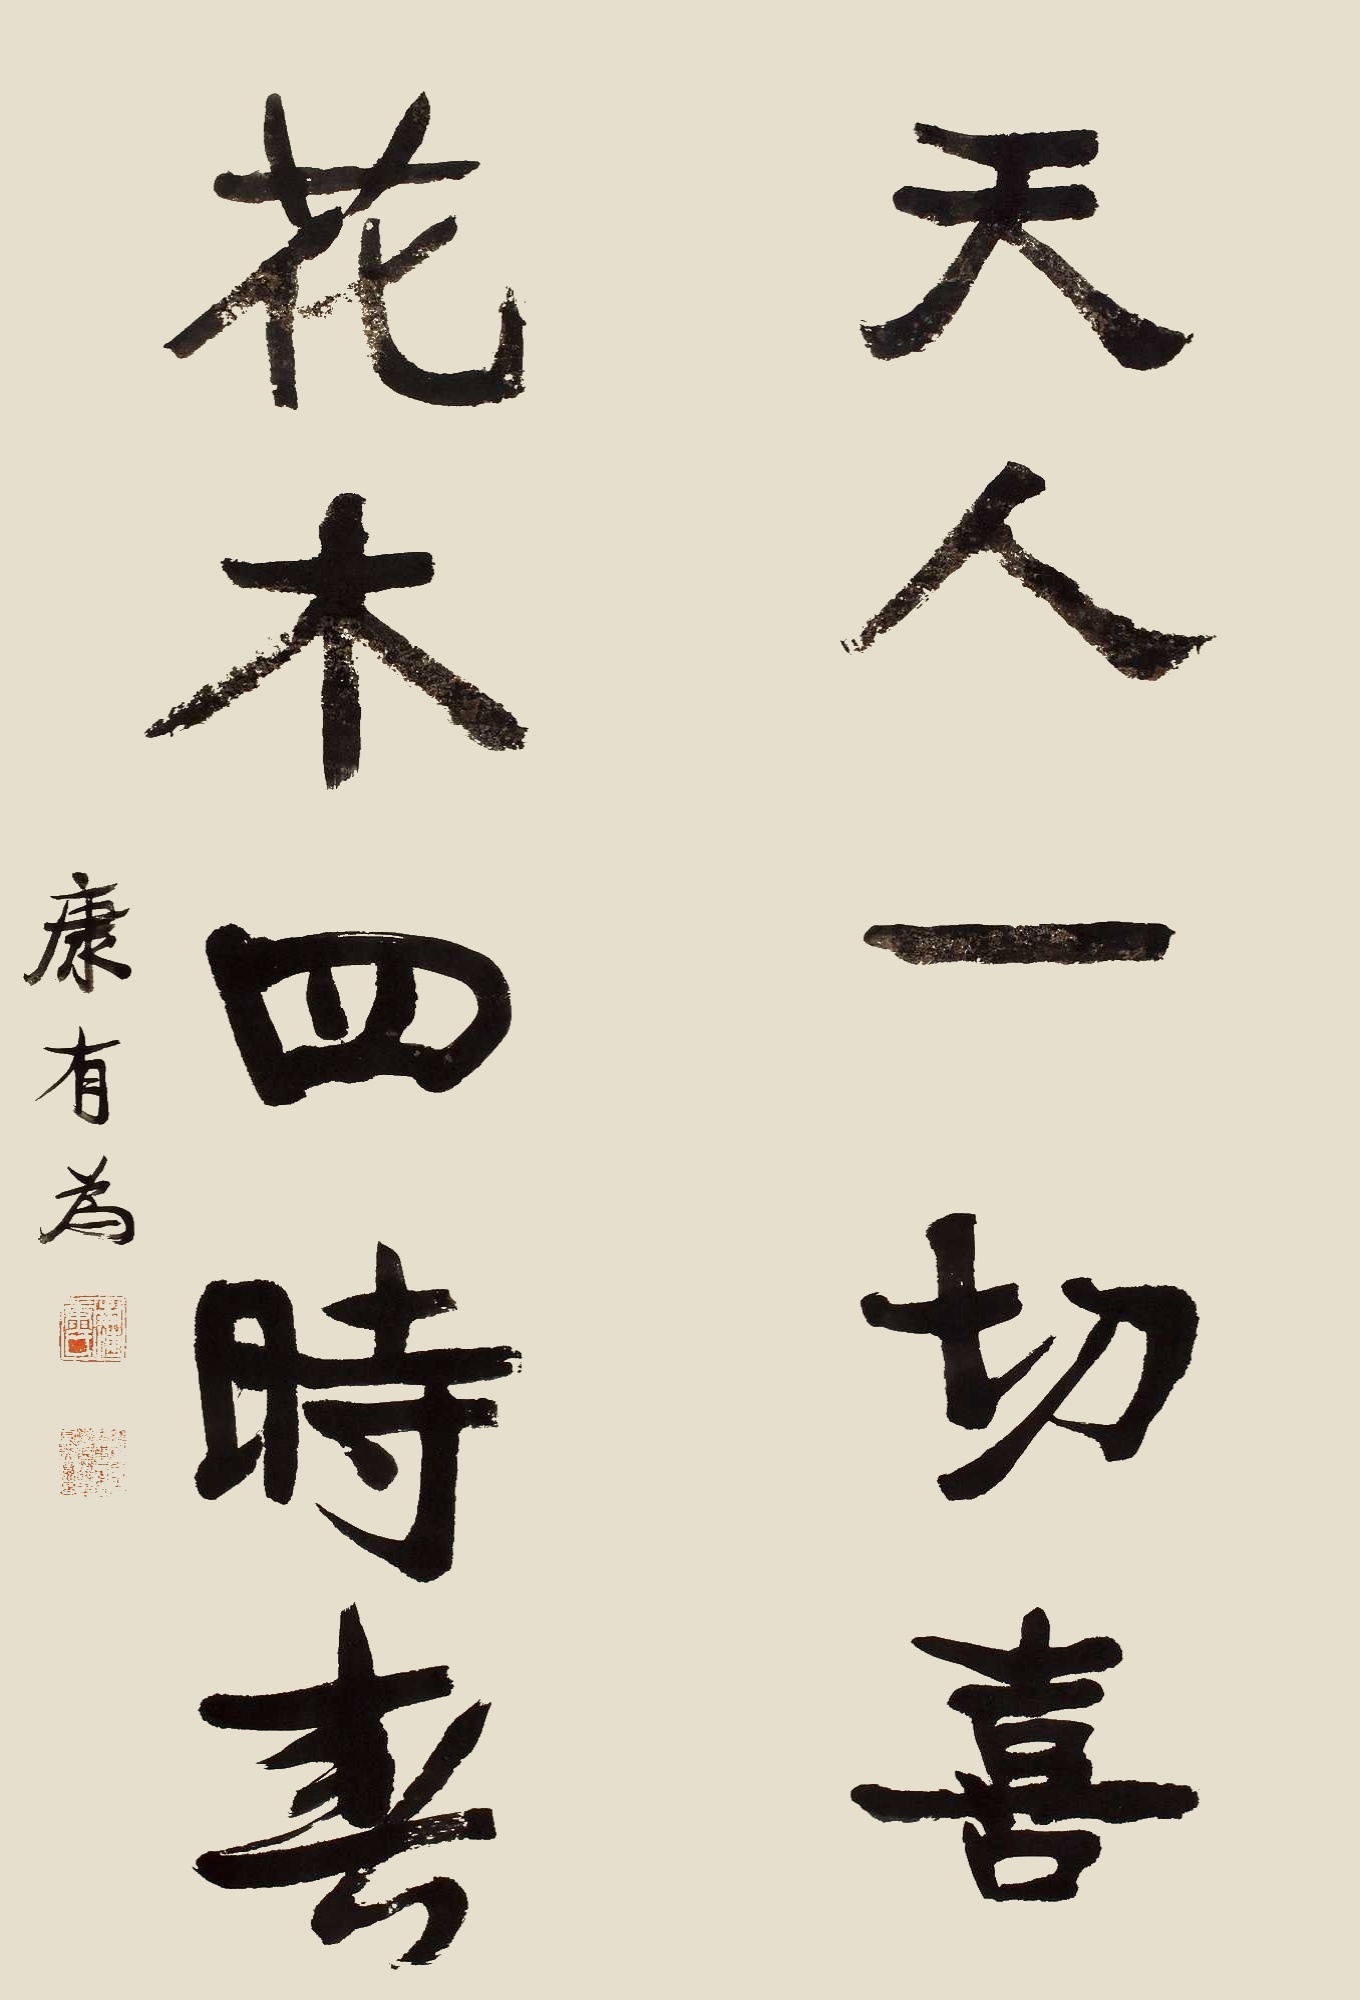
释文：天人一切喜；花木四时春。康有为。